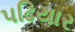
પઢિયાર